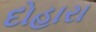
દોહારા